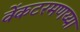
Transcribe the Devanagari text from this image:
वेंकटरमणय्या